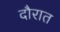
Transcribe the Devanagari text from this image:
दौरात